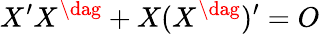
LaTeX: X^{\prime}X^{\dag}+X(X^{\dag})^{\prime}=O